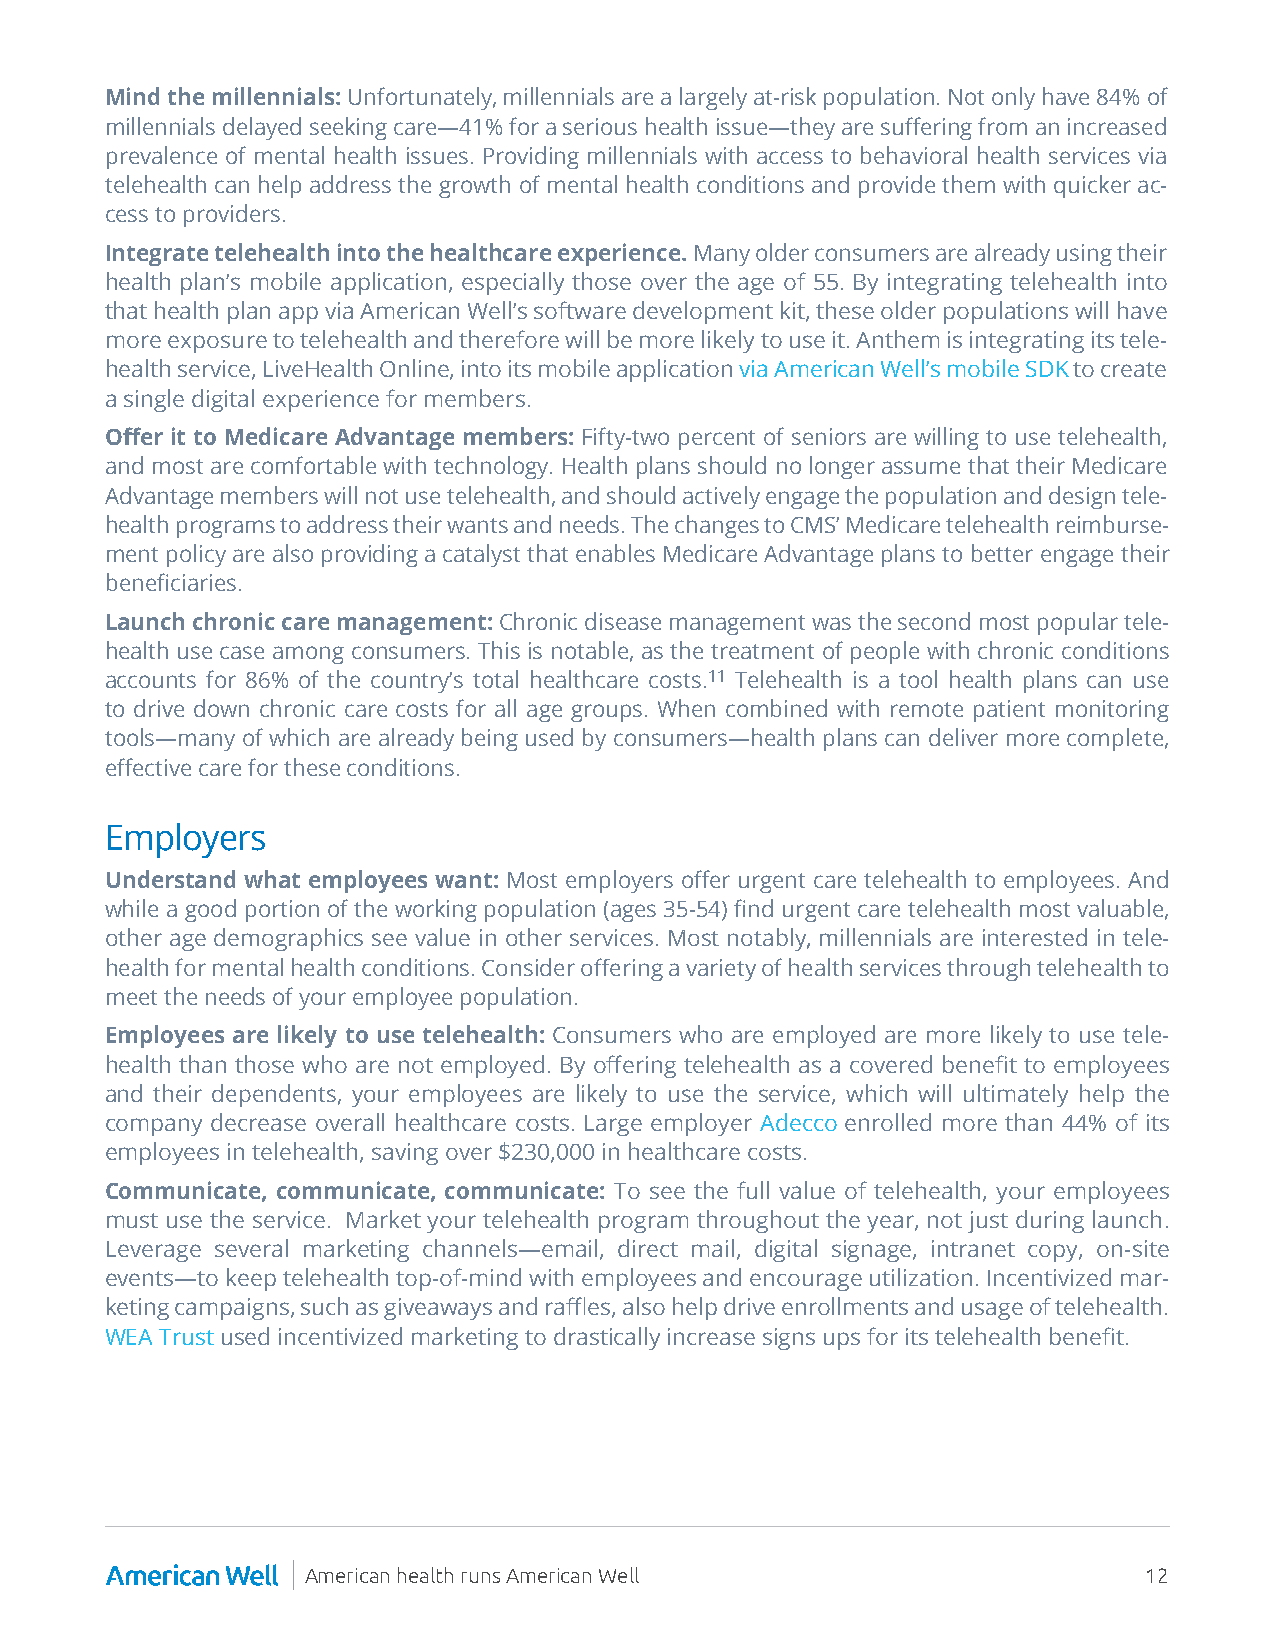
Mind the millennials: Unfortunately, millennials are a largely at-risk population. Not only have 84% of
 millennials delayed seeking care—41% for a serious health issue—they are suffering from an increased
 prevalence of mental health issues. Providing millennials with access to behavioral health services via
 telehealth can help address the growth of mental health conditions and provide them with quicker ac-
 cess to providers.
 Integrate telehealth into the healthcare experience. Many older consumers are already using their
 health plan’s mobile application, especially those over the age of 55. By integrating telehealth into
 that health plan app via American Well’s software development kit, these older populations will have
 more exposure to telehealth and therefore will be more likely to use it. Anthem is integrating its tele-
 health service, LiveHealth Online, into its mobile application via American Well’s mobile SDK to create
 a single digital experience for members.
 Offer it to Medicare Advantage members: Fifty-two percent of seniors are willing to use telehealth,
 and most are comfortable with technology. Health plans should no longer assume that their Medicare
 Advantage members will not use telehealth, and should actively engage the population and design tele-
 health programs to address their wants and needs. The changes to CMS’ Medicare telehealth reimburse-
 ment policy are also providing a catalyst that enables Medicare Advantage plans to better engage their
 beneficiaries.
 Launch chronic care management: Chronic disease management was the second most popular tele-
 health use case among consumers. This is notable, as the treatment of people with chronic conditions
 accounts for 86% of the country’s total healthcare costs.11 Telehealth is a tool health plans can use
 to drive down chronic care costs for all age groups. When combined with remote patient monitoring
 tools—many of which are already being used by consumers—health plans can deliver more complete,
 effective care for these conditions.
 Employers
 Understand what employees want: Most employers offer urgent care telehealth to employees. And
 while a good portion of the working population (ages 35-54) find urgent care telehealth most valuable,
 other age demographics see value in other services. Most notably, millennials are interested in tele-
 health for mental health conditions. Consider offering a variety of health services through telehealth to
 meet the needs of your employee population.
 Employees are likely to use telehealth: Consumers who are employed are more likely to use tele-
 health than those who are not employed. By offering telehealth as a covered benefit to employees
 and their dependents, your employees are likely to use the service, which will ultimately help the
 company decrease overall healthcare costs. Large employer Adecco enrolled more than 44% of its
 employees in telehealth, saving over $230,000 in healthcare costs.
 Communicate, communicate, communicate: To see the full value of telehealth, your employees
 must use the service. Market your telehealth program throughout the year, not just during launch.
 Leverage several marketing channels—email, direct mail, digital signage, intranet copy, on-site
 events—to keep telehealth top-of-mind with employees and encourage utilization. Incentivized mar-
 keting campaigns, such as giveaways and raffles, also help drive enrollments and usage of telehealth.
 WEA Trust used incentivized marketing to drastically increase signs ups for its telehealth benefit.
 American health runs American Well                      12